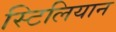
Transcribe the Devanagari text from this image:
स्टिलियान